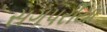
સગપરીયા